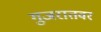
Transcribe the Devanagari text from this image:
गुजरातवर